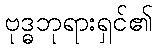
ဗုဒ္ဓဘုရားရှင်၏